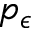
p _ { \epsilon }